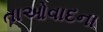
તાઓવાદના